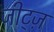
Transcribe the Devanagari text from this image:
जीट्ज़